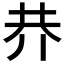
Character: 𠄫